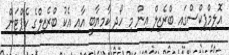
އޮލިމްޕިކްސްގައި ބްރެޒިލް އިން މި ހޯދި ކާމިޔާބީ އާއި އެކު ބްރެޒިލްގެ ކެޕްޓަން